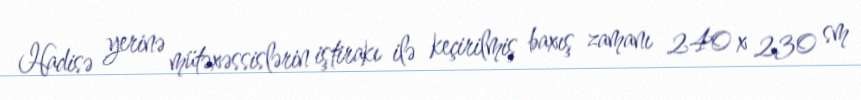
Hadisə yerinə mütəxəssislərin iştirakı ilə keçirilmiş baxış zamanı 240 x 230 sm